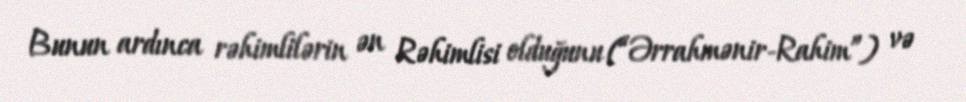
Bunun ardınca rəhimlilərin ən Rəhimlisi olduğunu (“Ərrahmənir-Rahim”) və